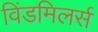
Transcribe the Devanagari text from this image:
विंडमिलर्स